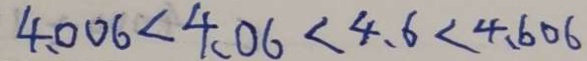
4 . 0 0 6 < 4 . 0 6 < 4 . 6 < 4 . 6 0 6